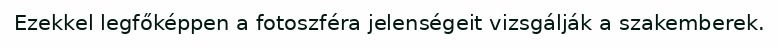
Ezekkel legfőképpen a fotoszféra jelenségeit vizsgálják a szakemberek.